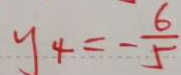
y _ { 4 } = - \frac { 6 } { 5 }